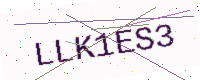
Text: LLK1ES3